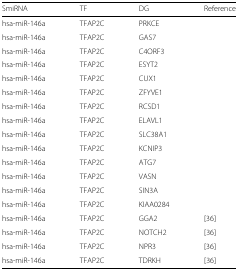
<table><thead><tr><td><b>SmiRNA</b></td><td><b>TF</b></td><td><b>DG</b></td><td><b>Reference</b></td></tr></thead><tbody><tr><td>hsa-miR-146a</td><td>TFAP2C</td><td>PRKCE</td><td></td></tr><tr><td>hsa-miR-146a</td><td>TFAP2C</td><td>GAS7</td><td></td></tr><tr><td>hsa-miR-146a</td><td>TFAP2C</td><td>C4ORF3</td><td></td></tr><tr><td>hsa-miR-146a</td><td>TFAP2C</td><td>ESYT2</td><td></td></tr><tr><td>hsa-miR-146a</td><td>TFAP2C</td><td>CUX1</td><td></td></tr><tr><td>hsa-miR-146a</td><td>TFAP2C</td><td>ZFYVE1</td><td></td></tr><tr><td>hsa-miR-146a</td><td>TFAP2C</td><td>RCSD1</td><td></td></tr><tr><td>hsa-miR-146a</td><td>TFAP2C</td><td>ELAVL1</td><td></td></tr><tr><td>hsa-miR-146a</td><td>TFAP2C</td><td>SLC38A1</td><td></td></tr><tr><td>hsa-miR-146a</td><td>TFAP2C</td><td>KCNIP3</td><td></td></tr><tr><td>hsa-miR-146a</td><td>TFAP2C</td><td>ATG7</td><td></td></tr><tr><td>hsa-miR-146a</td><td>TFAP2C</td><td>VASN</td><td></td></tr><tr><td>hsa-miR-146a</td><td>TFAP2C</td><td>SIN3A</td><td></td></tr><tr><td>hsa-miR-146a</td><td>TFAP2C</td><td>KIAA0284</td><td></td></tr><tr><td>hsa-miR-146a</td><td>TFAP2C</td><td>GGA2</td><td>[36]</td></tr><tr><td>hsa-miR-146a</td><td>TFAP2C</td><td>NOTCH2</td><td>[36]</td></tr><tr><td>hsa-miR-146a</td><td>TFAP2C</td><td>NPR3</td><td>[36]</td></tr><tr><td>hsa-miR-146a</td><td>TFAP2C</td><td>TDRKH</td><td>[36]</td></tr></tbody></table>